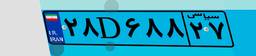
۵۸D۲۰۱۴۱